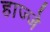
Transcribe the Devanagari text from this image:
हाज्जे